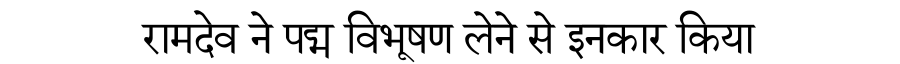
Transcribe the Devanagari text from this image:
रामदेव ने पद्म विभूषण लेने से इनकार किया